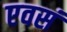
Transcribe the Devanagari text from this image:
एवसं